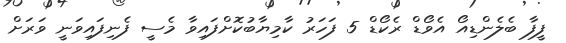
ފީފާ ބެލެންޑިއޯ އެވޯޑް ރެކޯޑް 5 ފަހަރު ކާމިޔާބުކޮށްފައިވާ މެސީ ފެނިފައިވަނީ ވަރަށް